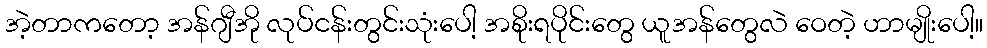
အဲ့တာကတော့ အန်ဂျီအို လုပ်ငန်းတွင်းသုံးပေါ့ အစိုးရပိုင်းတွေ ယူအန်တွေလဲ ဝေတဲ့ ဟာမျိုးပေါ့။